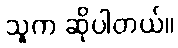
သူက ဆိုပါတယ်။